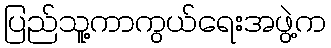
ပြည်သူ့ကာကွယ်ရေးအဖွဲ့က